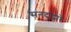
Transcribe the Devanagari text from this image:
सनदांद्वारे